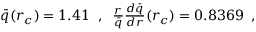
\begin{array} { r } { \Bar { q } ( r _ { c } ) = 1 . 4 1 \; \; , \; \; \frac { r } { \Bar { q } } \frac { d \Bar { q } } { d r } ( r _ { c } ) = 0 . 8 3 6 9 \; \; , } \end{array}